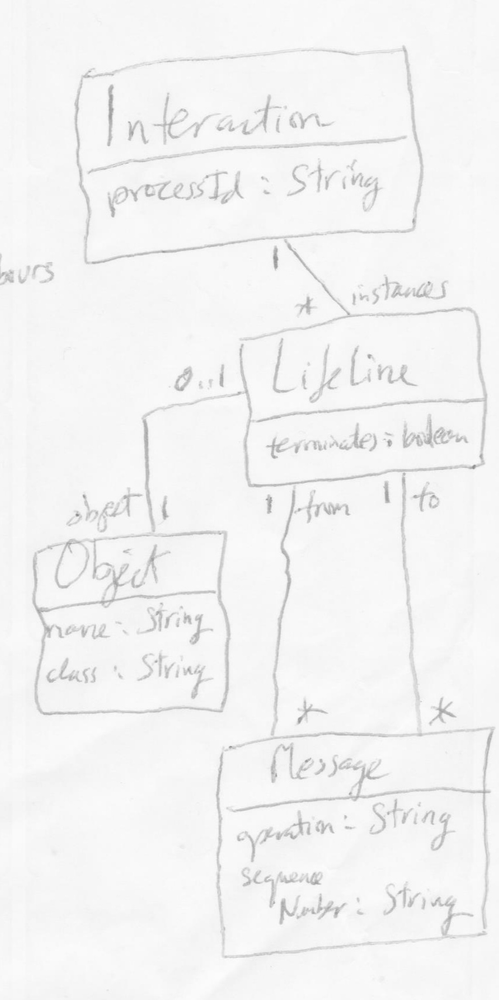
Diagram type: class_diagram
```plantuml
@startuml

class Interaction {
  processId: String
}

class Lifeline {
  terminates: boolean
}

class Object {
  name: String
  class: String
}

class Message {
  operation: String
  sequenceNumber: String
}

Interaction "1" -- "instances *" Lifeline
Lifeline "0..1" -- "object 1" Object
Lifeline "to 1" --  "*" Message
Lifeline "from 1" -- "*" Message

@enduml
```